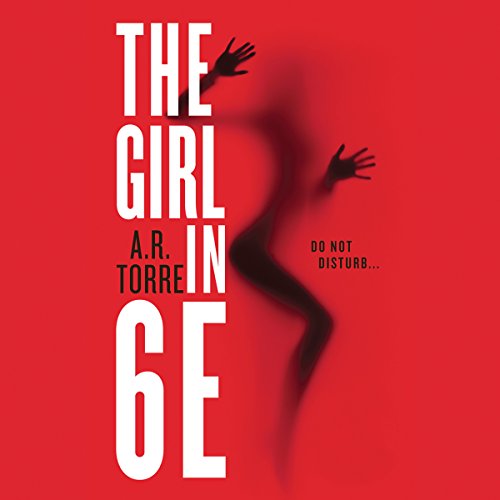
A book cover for The Girl in 6E; A.R. Torre; Romance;